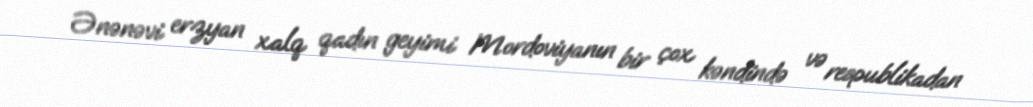
Ənənəvi erzyan xalq qadın geyimi Mordoviyanın bir çox kəndində və respublikadan